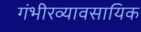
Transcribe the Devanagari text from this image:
गंभीरव्यावसायिक